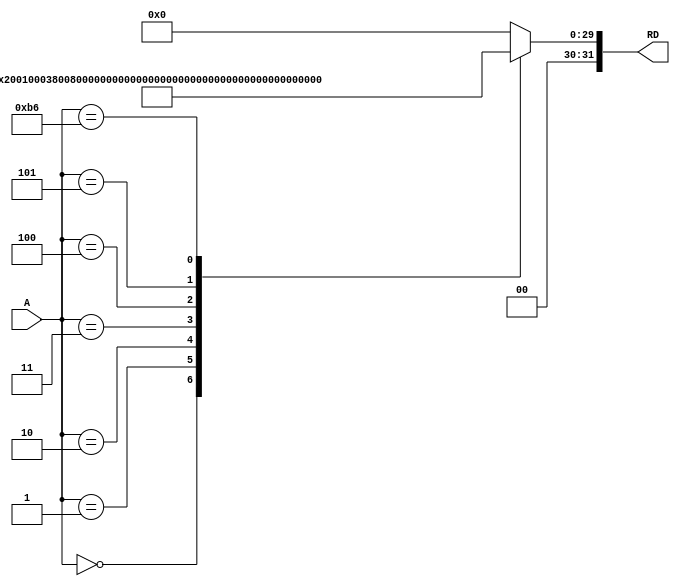
module MemoriaInstrucao(input [7:0]A, output reg[31:0] RD);

	always@*
		case(A)
		8'h00: RD = 32'b001000_00000_00001_00000_00000_000011; 	// ADDi $1, $0, 3
		8'h01: RD = 32'b001000_00000_00010_00000_00000_001001;	// ADDi $2, $0, 9
		8'h02: RD = 32'b000000_00001_00010_00010_00000_100000;  // ADD $2, $1, $2
		8'h03: RD = 32'b000000_00001_00010_00011_00000_100100;	// AND $3, $1, $2
		8'h04: RD = 32'b000000_00001_00010_00100_00000_100101;	// OR $4, $1, $2
		8'h05: RD = 32'b000000_00001_00010_00101_00000_100111;   // NOR
		8'hb6: RD = 32'b000000_00101_00100_00110_00000_101010;
		default: RD= 32'h0;
		endcase

endmodule